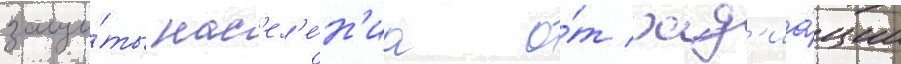
защи́ты нас'ел'е́н'иа о́т рад'иа́ции